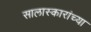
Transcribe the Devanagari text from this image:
सालास्कारांच्या